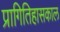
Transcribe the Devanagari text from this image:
प्रागितिहासकाल